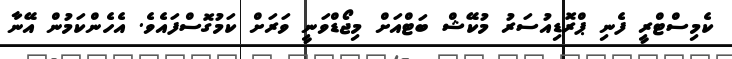
ކެމިސްޓްރީ ފެނި ޕްރޮޑިއުސަރު މުކޭޝް ބަޓްއަށް މިޖޯޑްވަނީ ވަރަށް ކަމުގޮސްފައެވެ. އެހެންކަމުން އޭނާ